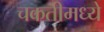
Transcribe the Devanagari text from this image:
चकतीमध्ये